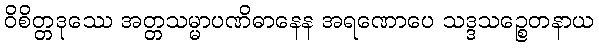
ဝိစိတ္တဒုဿေ အတ္တသမ္မာပဏိဓာနေန အရဏောပေ သဒ္ဒသဉ္စေတနာယ